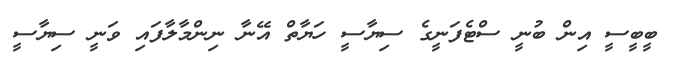
ބީބީސީ އިން ބުނީ ސްޓެފަނީގެ ސިޔާސީ ހަޔާތް އޭނާ ނިންމާލާފައި ވަނީ ސިޔާސީ